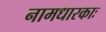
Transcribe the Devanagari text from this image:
नामधारकाः